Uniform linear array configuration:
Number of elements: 8
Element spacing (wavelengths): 1
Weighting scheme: kaiser
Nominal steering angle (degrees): -30
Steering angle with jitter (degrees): -28.057
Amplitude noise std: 0.05
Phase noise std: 0.05

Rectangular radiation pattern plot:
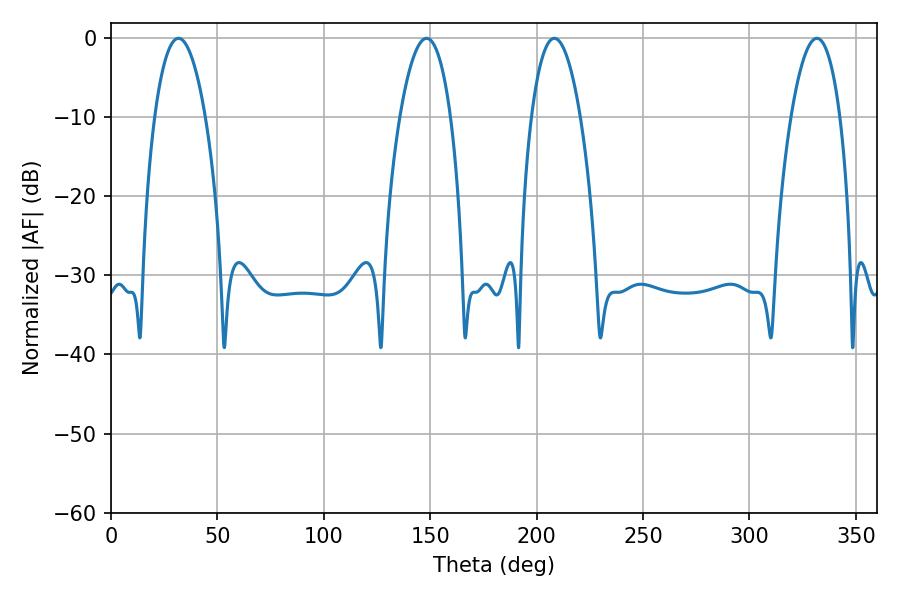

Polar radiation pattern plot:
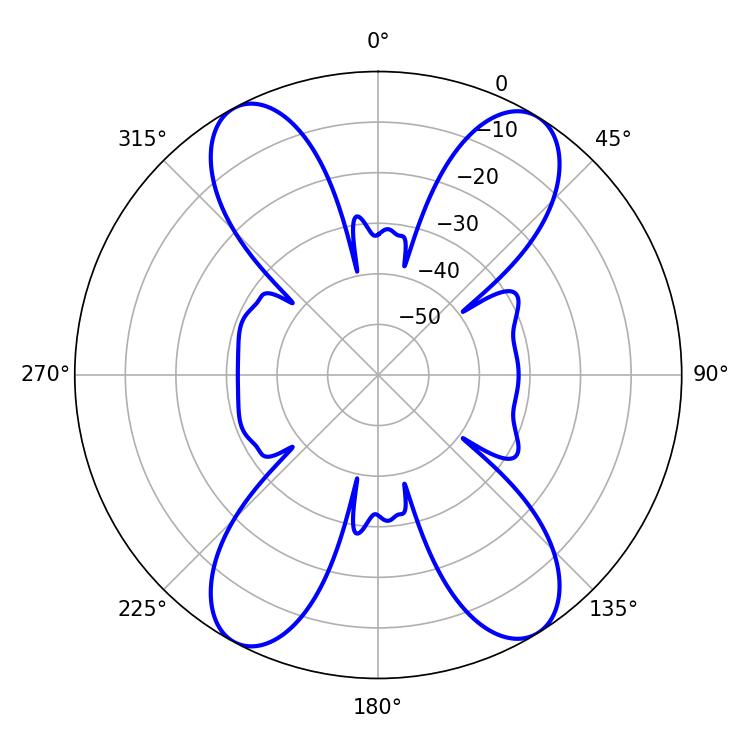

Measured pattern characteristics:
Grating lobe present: TRUE
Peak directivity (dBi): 17.822
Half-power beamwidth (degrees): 13.14
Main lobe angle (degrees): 31.68